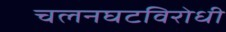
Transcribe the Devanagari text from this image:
चलनघटविरोधी